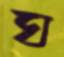
ঘ